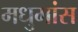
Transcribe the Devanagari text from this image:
मधुमांस